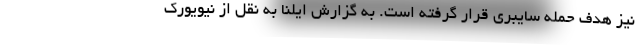
نیز هدف حمله سایبری قرار گرفته است. به گزارش ایلنا به نقل از نیویورک